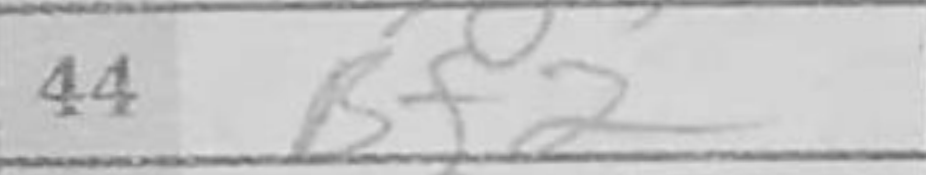
Transcription: Bf2